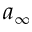
a _ { \infty }